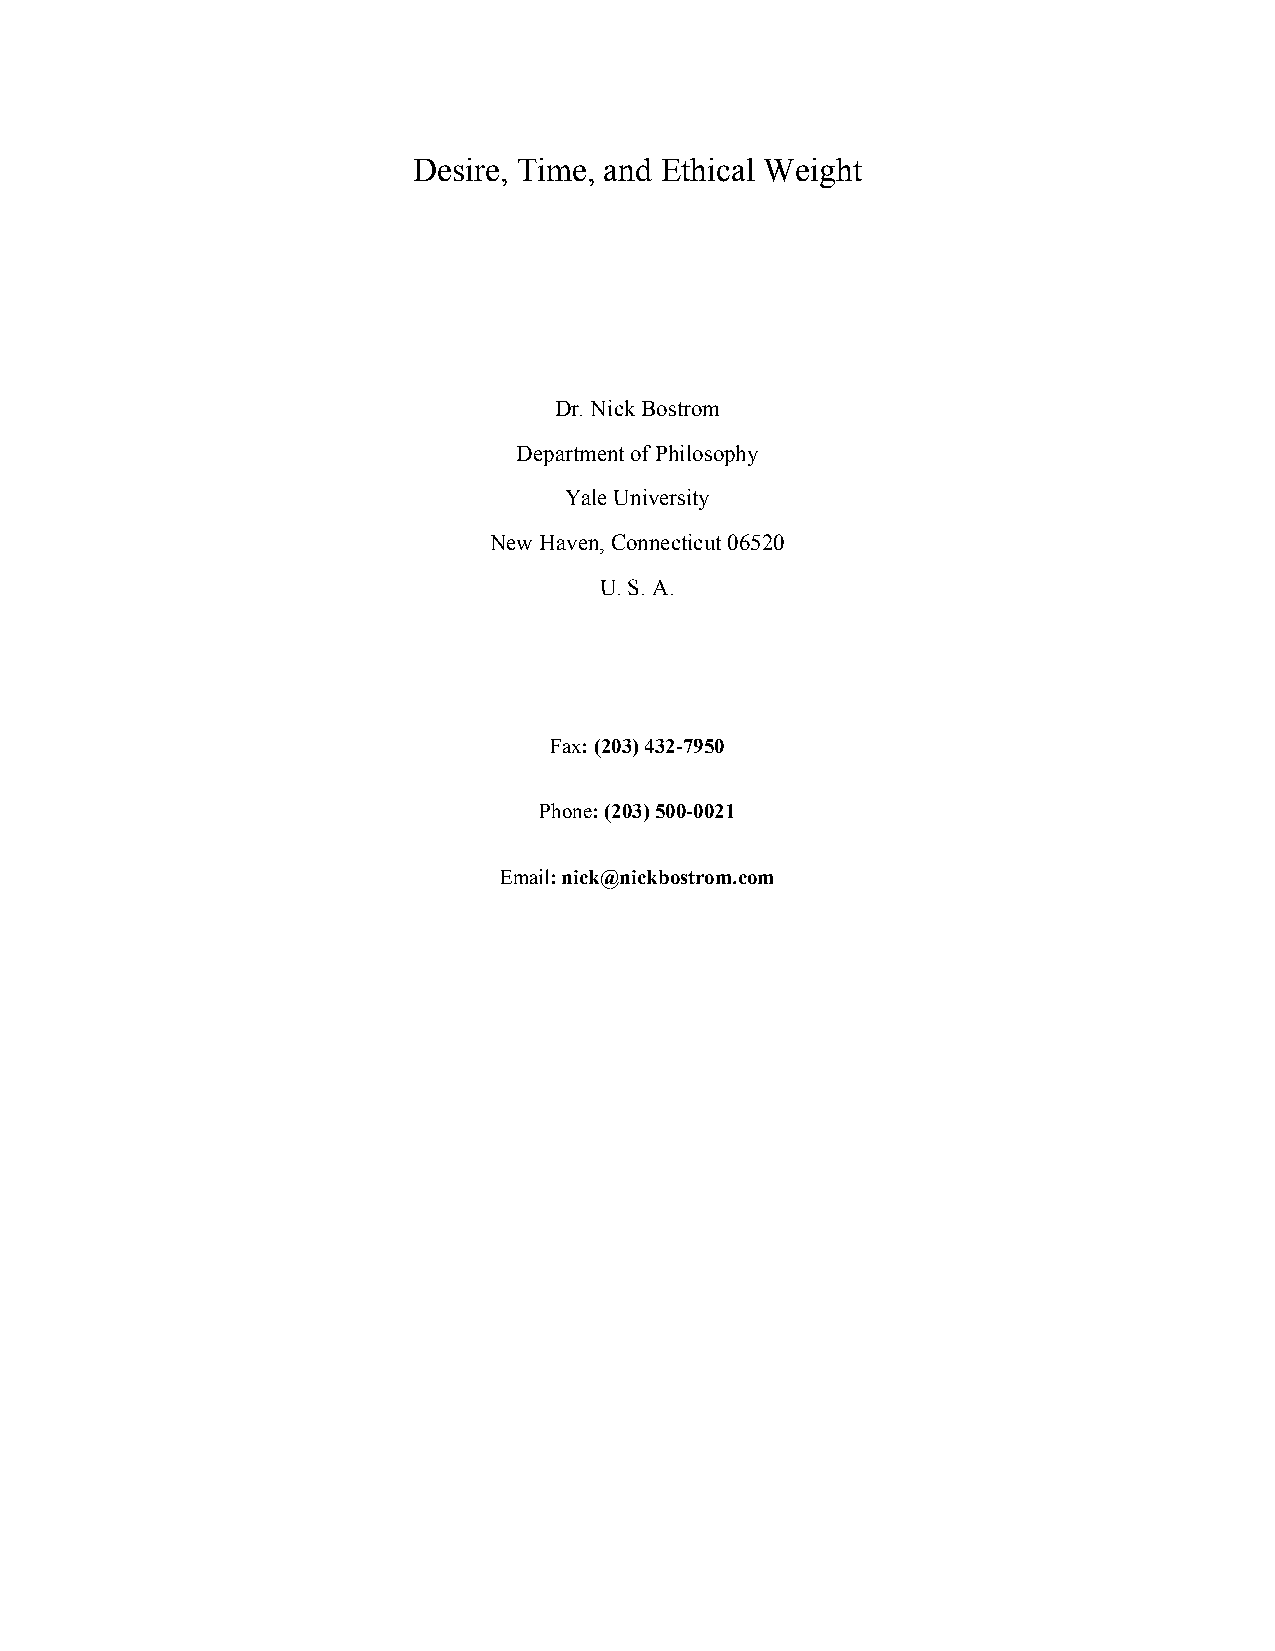
Desire, Time, and Ethical Weight
 Dr. Nick Bostrom
 Department of Philosophy
 Yale University
 New Haven, Connecticut 06520
 U. S. A.
 Fax: (203) 432-7950
 Phone: (203) 500-0021
 Email: nick@nickbostrom.com